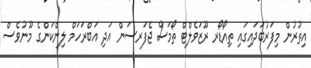
އިތުރުން މިފަރުބަދައިގައި ތިއޯޑޯރ ރޫޒަވެލްޓް ތޯމަސް ޖެފަރސަން އަދި އަބްރަހަމް ލިންކަންގެ މޫނުވެސް